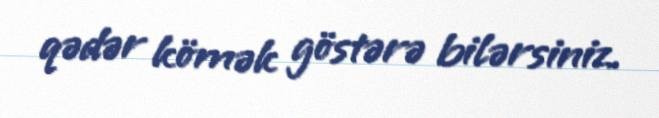
qədər kömək göstərə bilərsiniz.